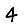
Digit: 4